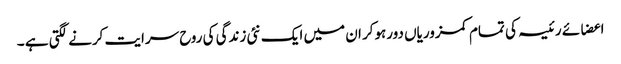
اعضائے رئیسہ کی تمام کمزوریاں دورہوکر ان میں ایک نئی زندگی کی روح سرایت کرنے لگتی ہے ۔